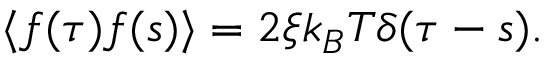
\langle f ( \tau ) f ( s ) \rangle = 2 \xi k _ { B } T \delta ( \tau - s ) .